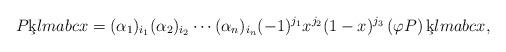
LaTeX: \begin{align*}P \c{k}{l}{m}{a}{b}{c}{x} = (\alpha_{1})_{i_{1}} (\alpha_{2})_{i_{2}} \dotsm (\alpha_{n})_{i_{n}} (-1)^{j_{1}} x^{j_{2}} (1 - x)^{j_{3}} \left(\varphi P \right) \c{k}{l}{m}{a}{b}{c}{x}, \end{align*}